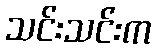
သင်းသင်းက